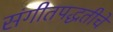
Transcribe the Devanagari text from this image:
संगीतपद्धतीचे